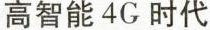
高智能4G时代